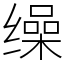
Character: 缲